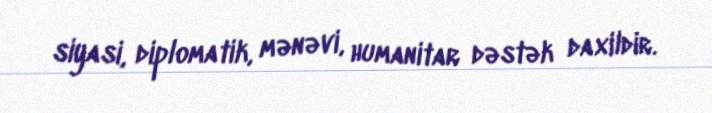
siyasi, diplomatik, mənəvi, humanitar dəstək daxildir.